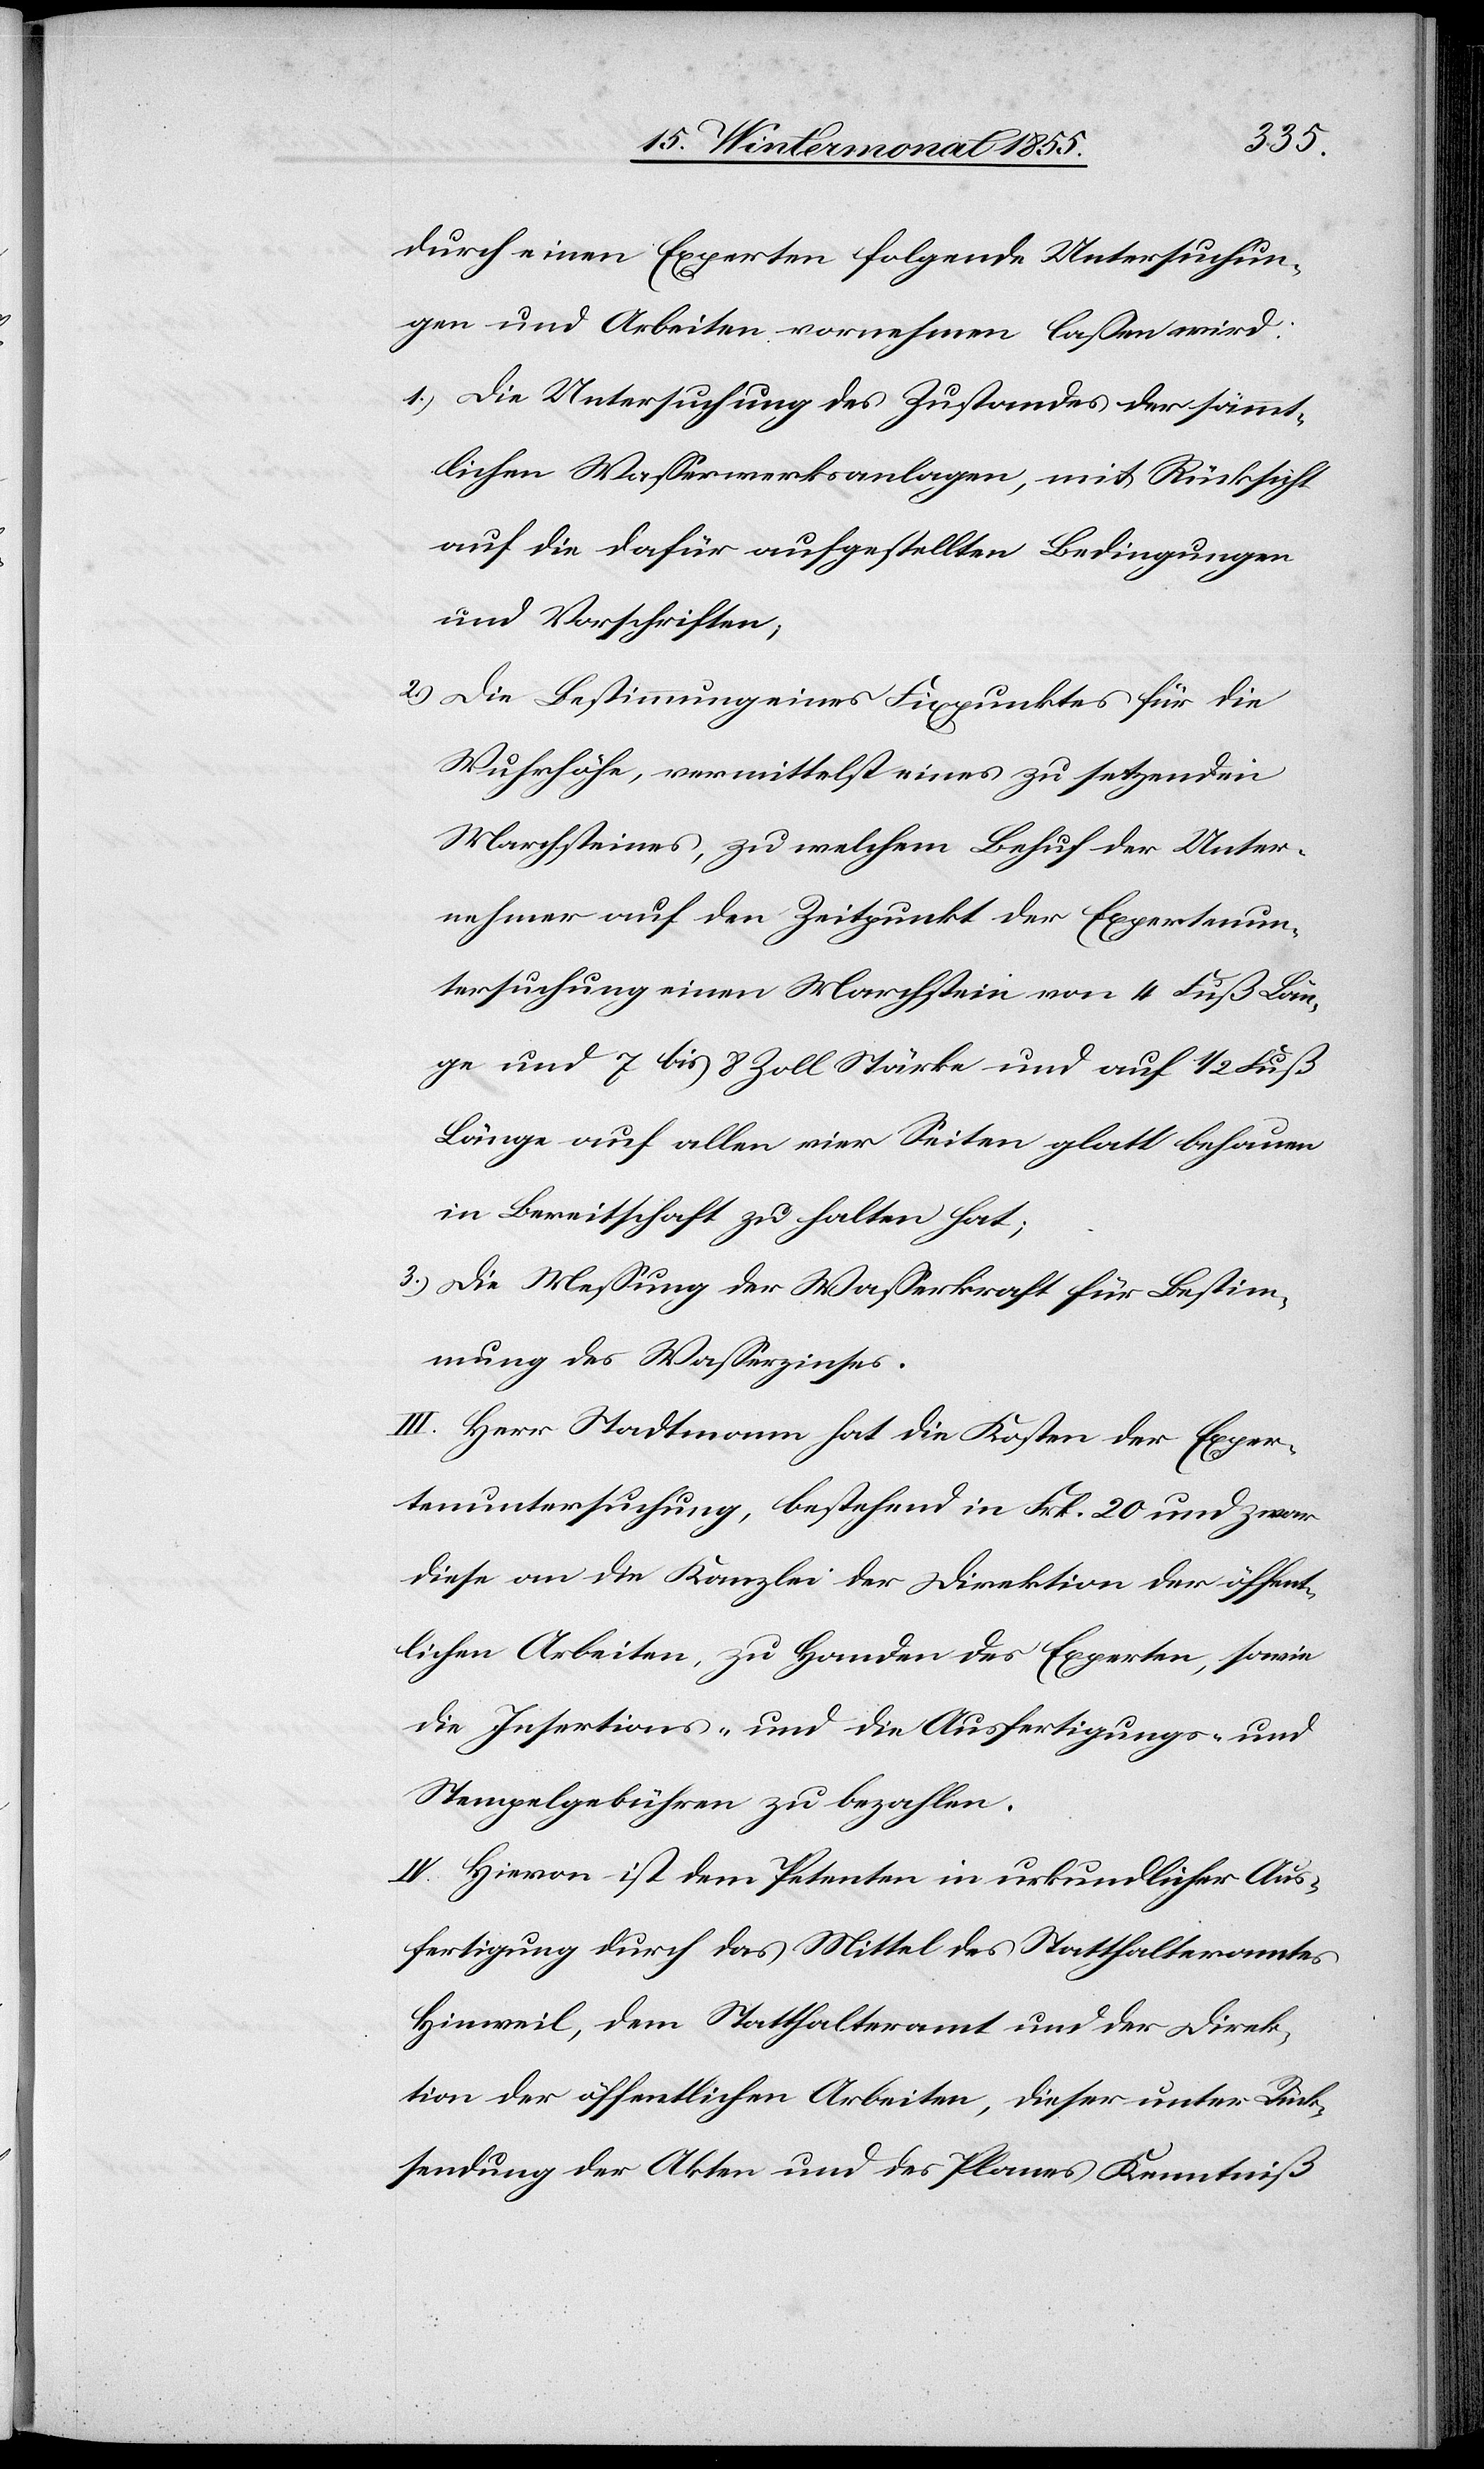
durch einen Experten folgende Untersuchun¬
gen und Arbeiten vornehmen lassen wird:
Die Untersuchung des Zustandes der sämmt¬
lichen Wasserwerksanlagen, mit Rücksicht
auf die dafür aufgestellten Bedingungen
und Vorschriften;
Die Bestimmung eines Fixpunktes für die
Wuhrhöhe, vermittelst eines zu setzenden
Marchsteines, zu welchem Behuf der Unter¬
nehmer auf den Zeitpunkt der Expertenun¬
tersuchung einen Marchstein von 4 Fuß Län¬
ge und 7 bis 8 Zoll Stärke und auf 1/2 Fuß
Länge auf allen vier Seiten glatt behauen
in Bereitschaft zu halten hat;
Die Messung der Wasserkraft für Bestim¬
mung des Wasserzinses.
III. Herr Stadtmann hat die Kosten der Exper¬
tenuntersuchung, bestehend in Frk. 20 und zwar
diese an die Kanzlei der Direktion der öffent¬
lichen Arbeiten, zu Handen des Experten, sowie
die Insertions- und die Ausfertigungs- und
Stempelgebühren zu bezahlen.
IV. Hievon ist dem Petenten in urkundlicher Aus¬
fertigung durch das Mittel des Statthalteramtes
Hinweil, dem Statthalteramt und der Direk¬
tion der öffentlichen Arbeiten, dieser unter Rück¬
sendung der Akten und des Planes Kenntniß